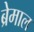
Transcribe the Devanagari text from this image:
ब्रेमाल